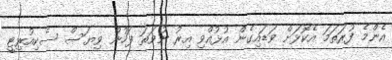
އެންމެ ފުރަތަމަ އެކޮޅަށް ވަޑައިގެން އުޅުއްވި އިރު ނުވަތަ ފަހުން ވިޔަސް ސެކިއުރިޓީ